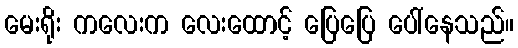
မေးရိုး ကလေးက လေးထောင့် ပြေပြေ ပေါ်နေသည်။